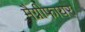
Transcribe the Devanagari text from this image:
मैग्नीफायर